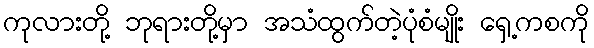
ကုလားတို့ ဘုရားတို့မှာ အသံထွက်တဲ့ပုံစံမျိုး ရှေ့ကစကို